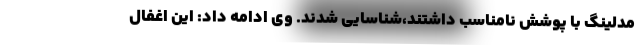
مدلینگ با پوشش نامناسب داشتند،شناسایی شدند. وی ادامه داد: این اغفال